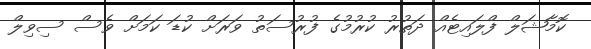
ކޮމާޝަލް ފްލައިޓެއް ދަތުރު ކުރުމުގެ ފުރުސަތު ވަރަށް ކުޑަ ކަމަށް ވެސް ސިވިލް